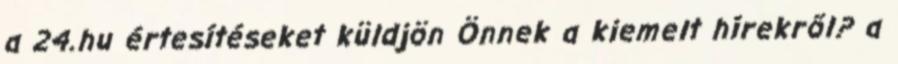
a 24.hu értesítéseket küldjön Önnek a kiemelt hírekről? a